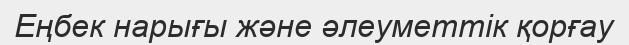
Еңбек нарығы және әлеуметтік қорғау